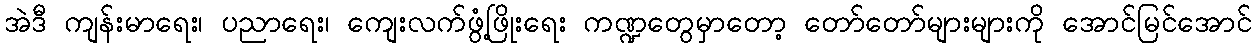
အဲဒီ ကျန်းမာရေး၊ ပညာရေး၊ ကျေးလက်ဖွံ့ဖြိုးရေး ကဏ္ဍတွေမှာတော့ တော်တော်များများကို အောင်မြင်အောင်